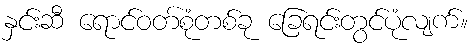
နှင်းဆီ ရောင်ဝတ်စုံတစ်ခု ခြေရင်းတွင်ပုံလျက်။